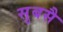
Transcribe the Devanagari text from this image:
सुबसै